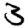
Digit: 3